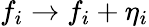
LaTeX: f_{i}\to f_{i}+\eta_{i}